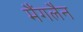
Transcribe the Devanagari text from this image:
मैंगलैन